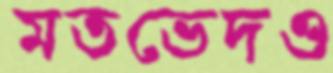
মতভেদও